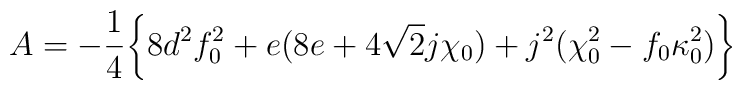
A=-{1\over 4}\biggl\{8d^2f_0^2+e(8e+4\sqrt2j\chi_0)+ j^2(\chi_0^2-f_0\kappa_0^{2})\biggr\}